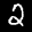
Label: 2